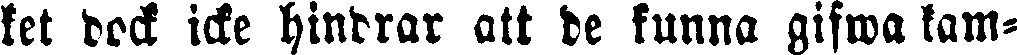
let dock icke hindrar att de kunna gifwa kam-